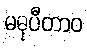
မဓုပီတာဝ